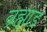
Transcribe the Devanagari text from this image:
न्रह्मांड